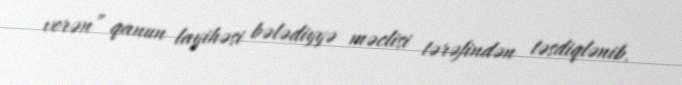
verən” qanun layihəsi bələdiyyə məclisi tərəfindən təsdiqlənib.